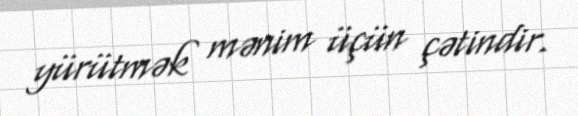
yürütmək mənim üçün çətindir.